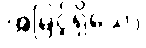
အမြင့်ရှိသော